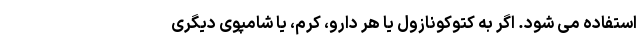
استفاده می شود. اگر به کتوکونازول یا هر دارو، کرم، یا شامپوی دیگری